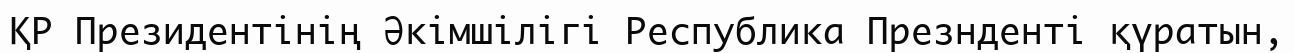
ҚР Президентінің Әкімшілігі Республика Презнденті қүратын,